Cholera in India, 1862 to 1881
Year: 1862
Disease focus: Cholera
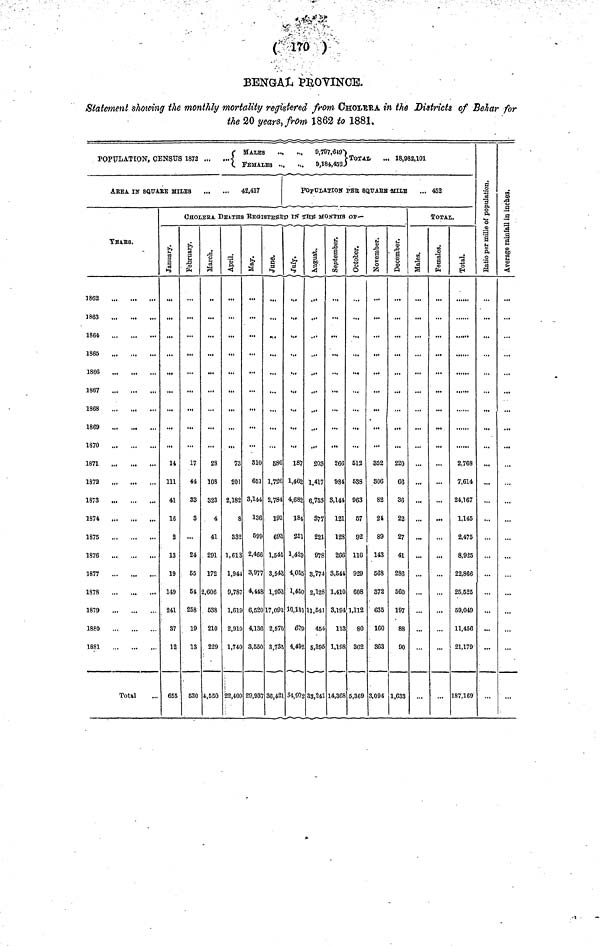
( m )
BENGAL PROVINCE.
Statement showing the monthly mortality registered from CHOLERA in the Districts of Behar for
the 20 years, from 1862 to 1881.
MALES
9,797,649
POPULATION, CENSUS 1872 ..
...
TOTAL
...
18,982,101
FEMALES
...
...
9,184,452
AREA IN SQUARE MILES
42,417
YEars.
1862
1863
1864
1865
1866
1867
1868
...
1869
1870
1871
1872
1873
1874
1875
1876
1877
1878
1879
1880
1881
Total
POPULATION PER SQUARE MILE ... 452
CHOLERA DEATHS REGISTER in the MONTHS of-
January.
14
111
41
16
2
13
19
149
241
37
12
655
February.
17
44
S3
3
...
24.
55
64.
258
19
13
520
28
108
323
4
41
291
172
2,606
638
210
229
4,550
i
73
201
2,182
8
382
1,613
1,941
9,787
1,619
2,910
1,740
22,409
May-
a
810
651
3,144
136
599
2,466
3,977
4,448
6,520
4,136
3,550
29,937
58G
1,726
2,784
193
693
1,545
3,543
1,953
17,093
2,570
3,735
36,421
187
1,462
4,682
184
251
1,429
4,055
1,450
16,101
679
4,492
34,972
203
1,417
6,753
377
221
978
3,774
2,128
11,541
454
5,395
33,241
September.
266
934
3,144
121
128
266
3,544
1,410
3,194
113
1,198
14,368
October.
513
638
963
67
92
116
929
608
1,112
80
362
5,369
November.
852
806
82
21
89
143
568
372
635
160
363
3,094
December.
220
66
36
22
27
41
286
560
197
88
90
1,633
TOTAL.
Males.
a
...
-
...
...
...
...
...
...
Females.
...
..,
...
...
...
...
...
3 o
Total
2,768
7,614
24,167
1,145
2,475
8,925
22,866
25,525
59,049
11,456
21,179
187,169
Ratio per mille of population.
...
...
...
...
...
...
-
Average rainfall in inches.
...
...
...
...
...
...
...
...
...
...